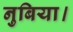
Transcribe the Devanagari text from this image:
नुबिया।